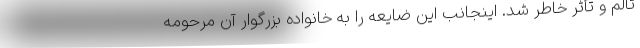
تألم و تأثر خاطر شد. اینجانب این ضایعه را به خانواده بزرگوار آن مرحومه